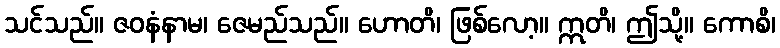
သင်သည်။ ဇဝနံနာမ၊ ဇေမည်သည်။ ဟောတိ၊ ဖြစ်လော့။ ဣတိ၊ ဤသို့။ ကောစိ၊